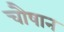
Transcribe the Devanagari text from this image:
चौषान